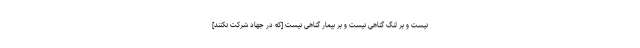
نيست و بر لنگ گناهى نيست و بر بيمار گناهى نيست [كه در جهاد شركت نكنند]